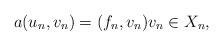
LaTeX: \begin{align*}a(u_n, v_n)=(f_n,v_n) v_n \in X_n,\end{align*}